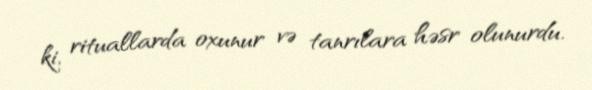
ki, rituallarda oxunur və tanrılara həsr olunurdu.